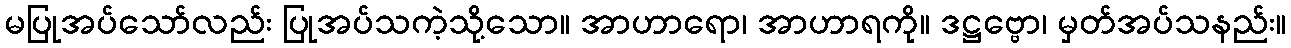
မပြုအပ်သော်လည်း ပြုအပ်သကဲ့သို့သော။ အာဟာရော၊ အာဟာရကို။ ဒဋ္ဌဗ္ဗော၊ မှတ်အပ်သနည်း။